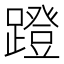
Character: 蹬